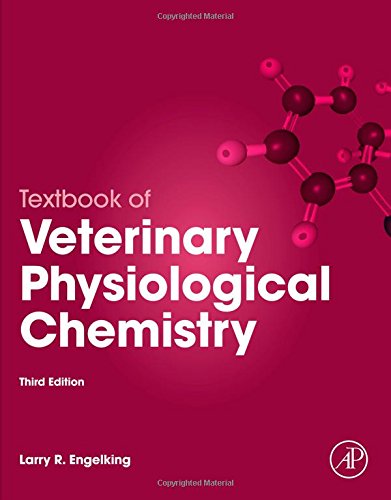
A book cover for Textbook of Veterinary Physiological Chemistry, Third Edition; Larry R. Engelking; Medical Books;